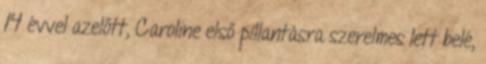
14 évvel azelőtt, Caroline első pillantásra szerelmes lett belé,